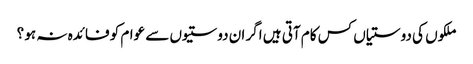
ملکوں کی دوستیاں کس کام آتی ہیں اگر ان دوستیوں سے عوام کو فائدہ نہ ہو ؟